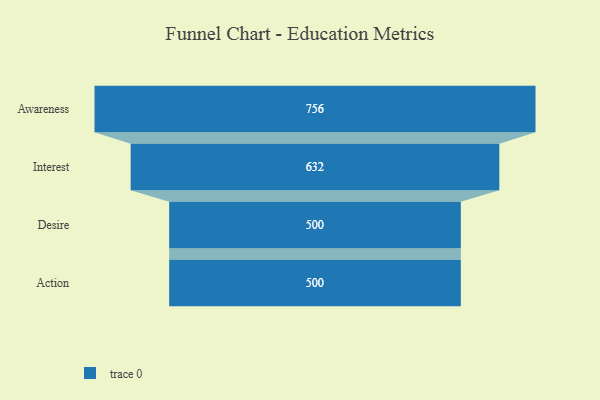
{"axis": {"x": "Stage", "y": "Value"}, "legend": [""], "data": [{"x": "Awareness", "y": 756.0, "type": ""}, {"x": "Interest", "y": 632.0, "type": ""}, {"x": "Desire", "y": 500, "type": ""}, {"x": "Action", "y": 500, "type": ""}]}